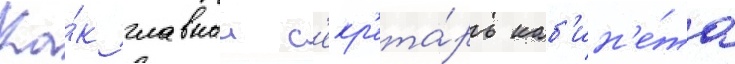
Ка́к главныи с'екр'ета́рь каб'ин'е́та